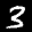
Label: 3